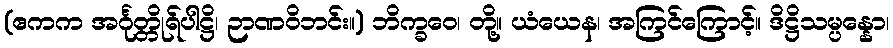
(ဧကက အင်္ဂုတ္တိုရ်ပါဋ္ဌိ၊ ဉာဏဝိဘင်း။) ဘိက္ခဝေ၊ တို့။ ယံယေန၊ အကြင်ကြောင့်။ ဒိဋ္ဌိသမ္ပန္နော၊